Jaan_Tonisson_(Lasteleht), lk 140
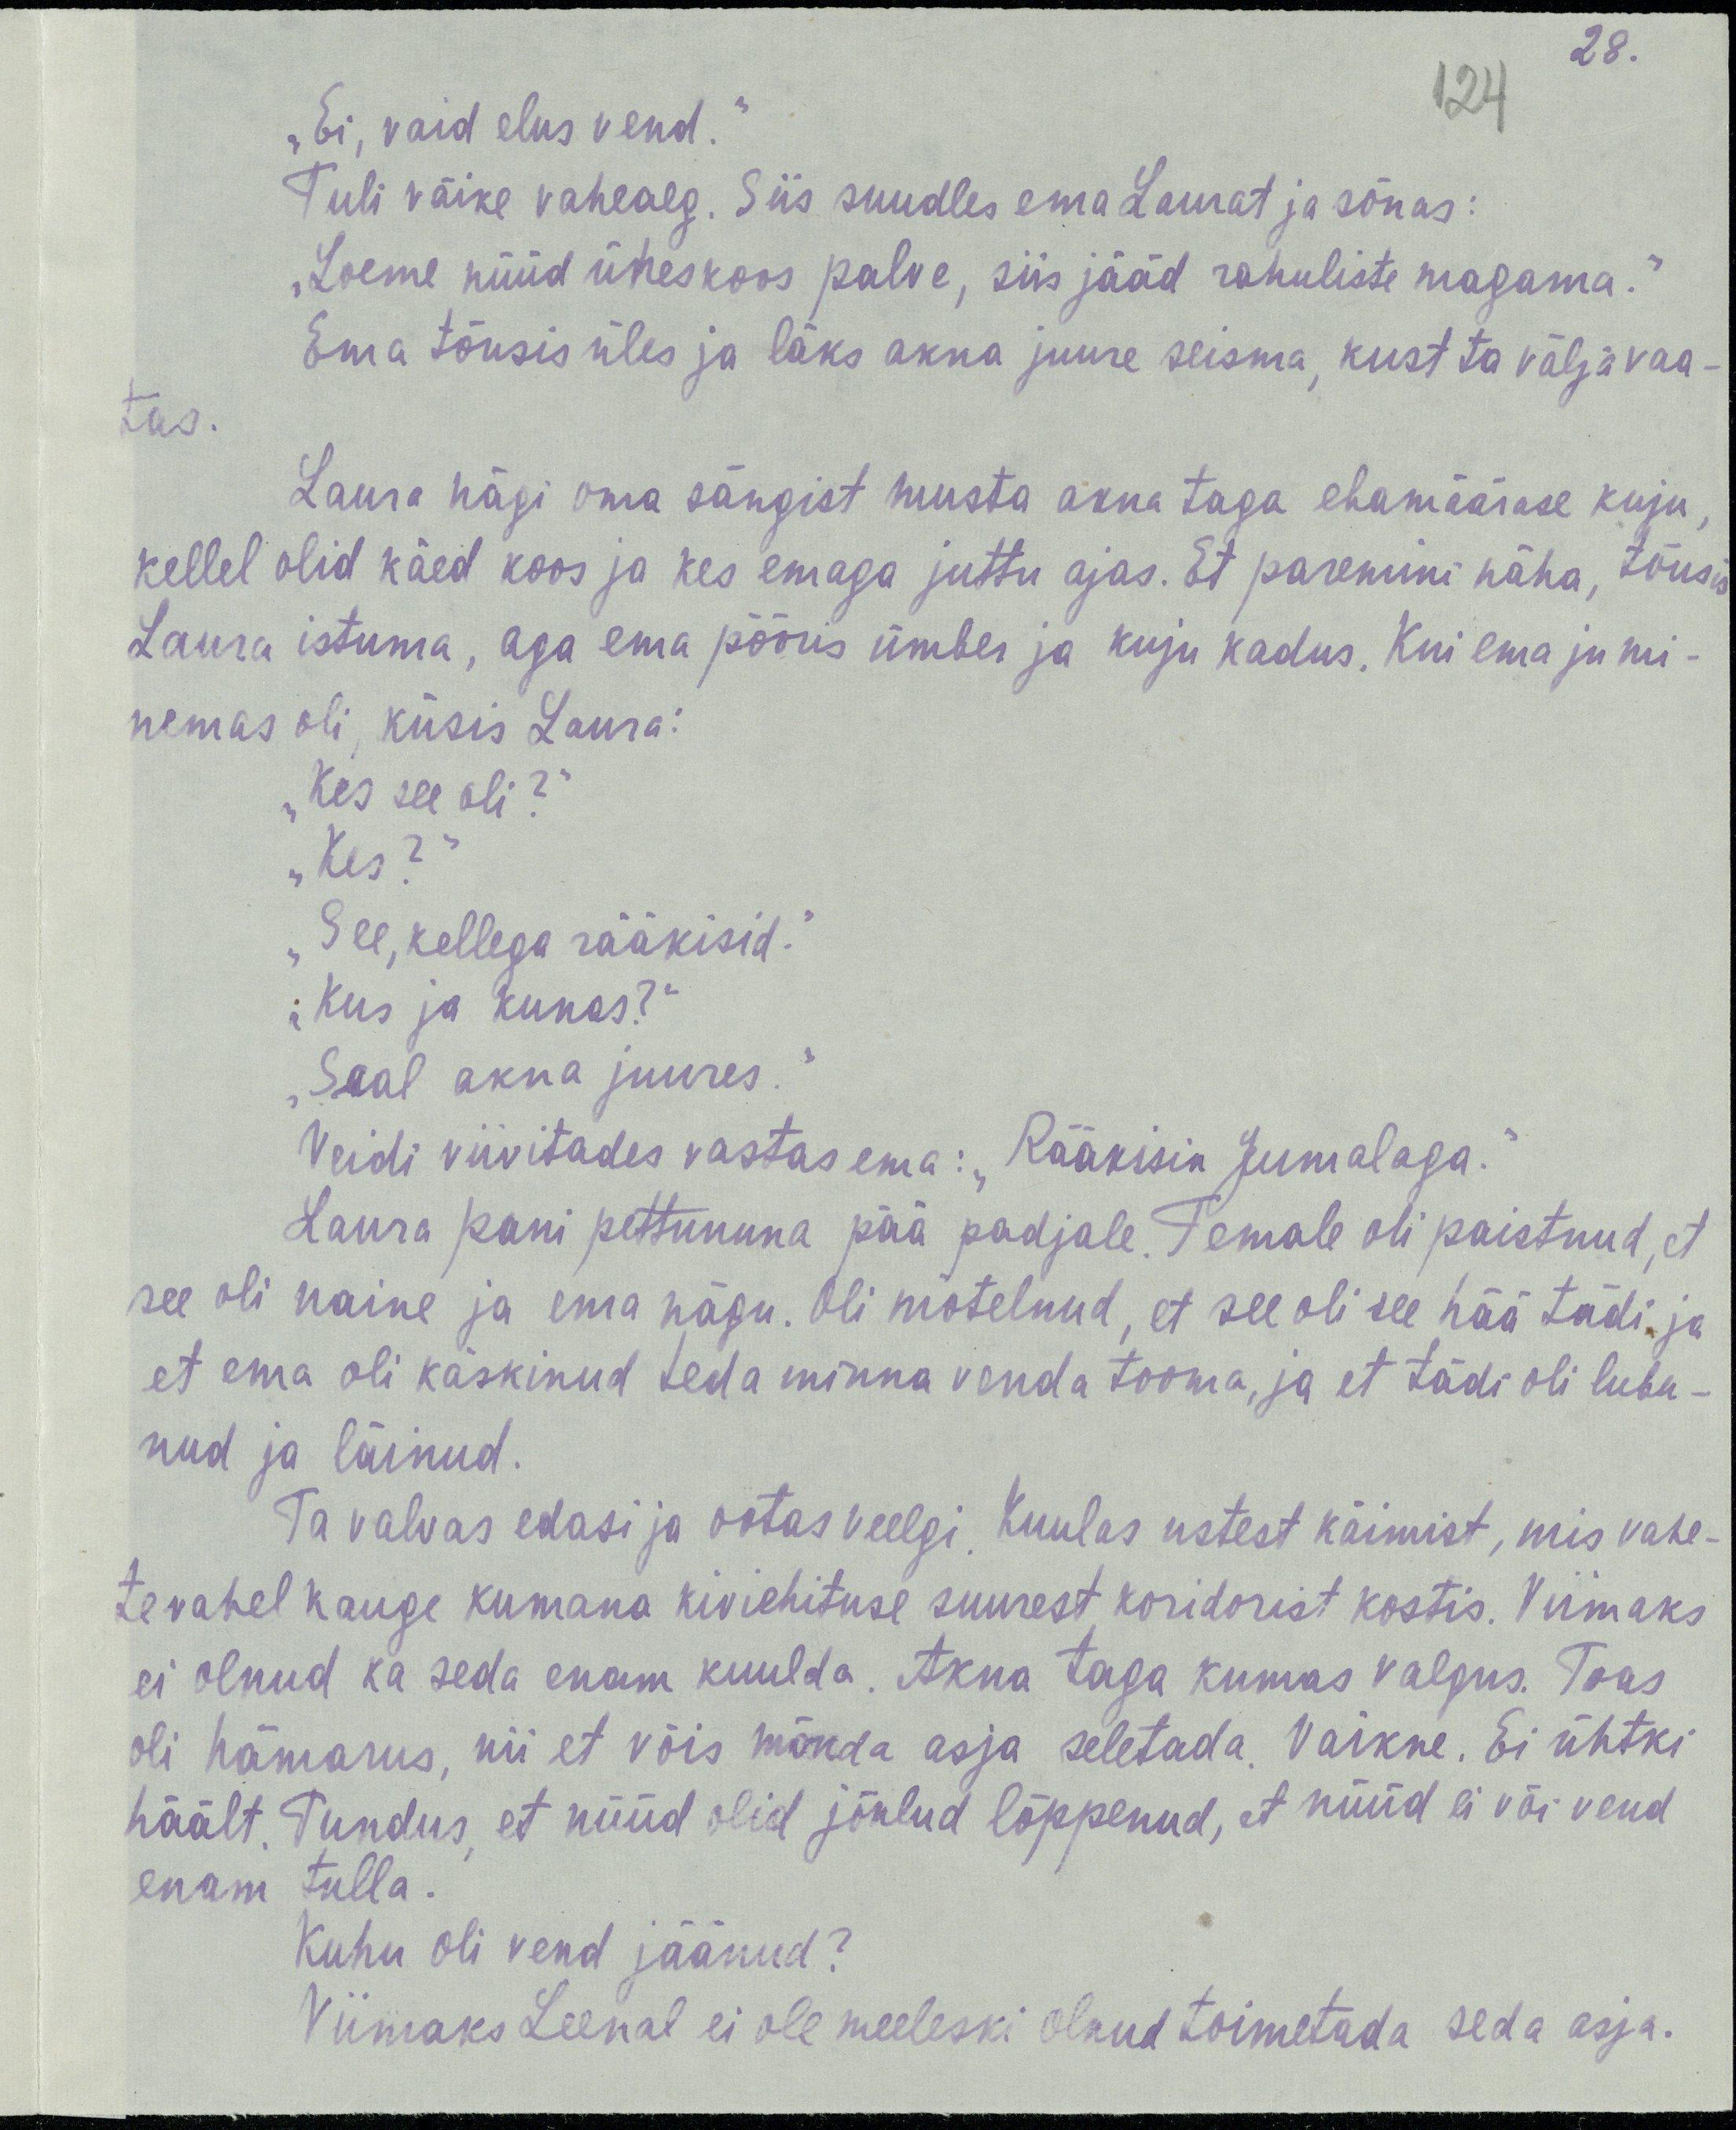
28.
124
„Ei, vaid elus vend.“
Tuli väike vaheaeg. Siis suudles ema Laurat ja sõnas:
„Loeme nüüd üheskoos palve, siis jääd rahuliste magama.“
Ema tõusis üles ja läks akna juure seisma, kust ta välja vaa-
tas.
Laura nägi oma sängist musta akna taga ebamäärase kuju,
kellel olid käed koos ja kes emaga juttu ajas. Et paremini näha, tõusis
Laura istuma, aga ema pööris ümber ja kuju kadus, Kui ema ju mi-
nemas oli, küsis Laura:
„Kes see oli?“
„Kes?“
„See, kellega rääkisid.“
„Kus ja kunas?“
„Seal akna juures.“
Veidi viivitades vastas ema: „Rääkisin Jumalaga.“
Laura pani pettununa pää padjale. Temale oli paistnud, et
see oli naine ja ema nägu. Oli mõtelnud, et see oli see hää tädi, ja
et ema oli käskinud teda minna venda tooma, ja et tädi oli luba-
nud ja läinud.
Ta valvas edasi ja ootas veelgi. Kuulas ustest käimist, mis vahe-
tevahel kauge kumana kiviehituse suurest koridorist kostis. Viimaks
ei olnud ka seda enam kuulda. Akna taga kumas valgus. Toa
oli hämarus, nii et võis mõnda asja seletada. Vaikne. Ei ühtki
häält. Tundus, et nüüd olid jõulud lõppenud, et nüüd ei või vend
enam tulla.
Kuhu oli vend jäänud?
Viimaks Leenal ei ole meeleski olnud toimetada seda asja.